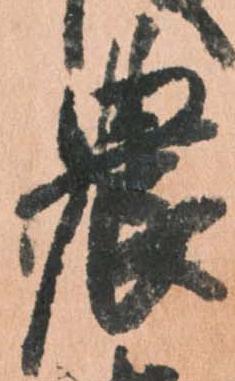
農